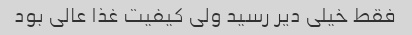
فقط خیلی دیر رسید ولی کیفیت غذا عالی بود